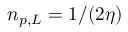
n _ { p , L } = 1 / ( 2 \eta )